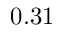
0 . 3 1